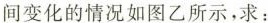
间变化的情况如图乙所示，求：